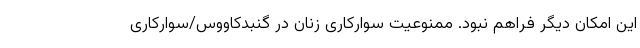
این امکان دیگر فراهم نبود. ممنوعیت سوارکاری زنان در گنبدکاووس/سوارکاری